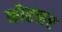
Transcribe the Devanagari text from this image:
कोरनर